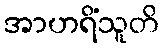
အာဟရိံသူတိ